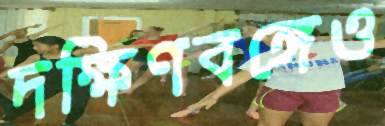
দক্ষিণবঙ্গেও